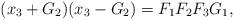
LaTeX: \begin{align*}(x_3+G_2 )(x_3-G_2)=F_1F_2F_3G_1,\end{align*}